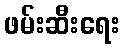
ဖမ်းဆီးရေး